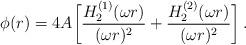
LaTeX: \begin{align*}\phi(r) = 4A \biggl[ {H_2^{(1)}(\omega r)\over(\omega r)^2} + {H_2^{(2)}(\omega r)\over(\omega r)^2} \biggr] \, . \end{align*}